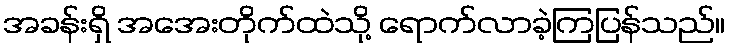
အခန်းရှိ အအေးတိုက်ထဲသို့ ရောက်လာခဲ့ကြပြန်သည်။